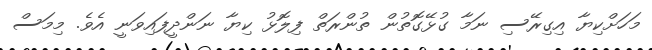
މަހަށްކިޔާ އިގިރޭސި ނަމާ ގުޅޭގޮތުން ތުންރަތް ފިލޮޅު ކިޔާ ނަންދީފައިވަނީ އެވެ. މިމަސް